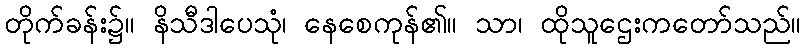
တိုက်ခန်း၌။ နိသီဒါပေသုံ၊ နေစေကုန်၏။ သာ၊ ထိုသူဌေးကတော်သည်။